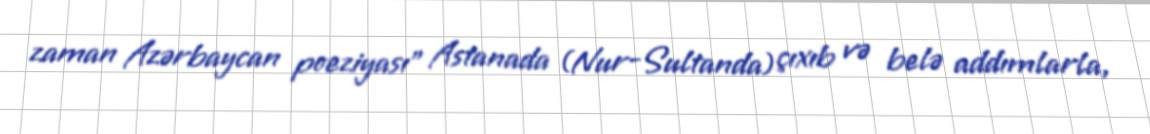
zaman Azərbaycan poeziyası” Astanada (Nur-Sultanda) çıxıb və belə addımlarla,